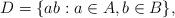
LaTeX: \begin{align*}D=\{ab:a\in A,b\in B\},\end{align*}